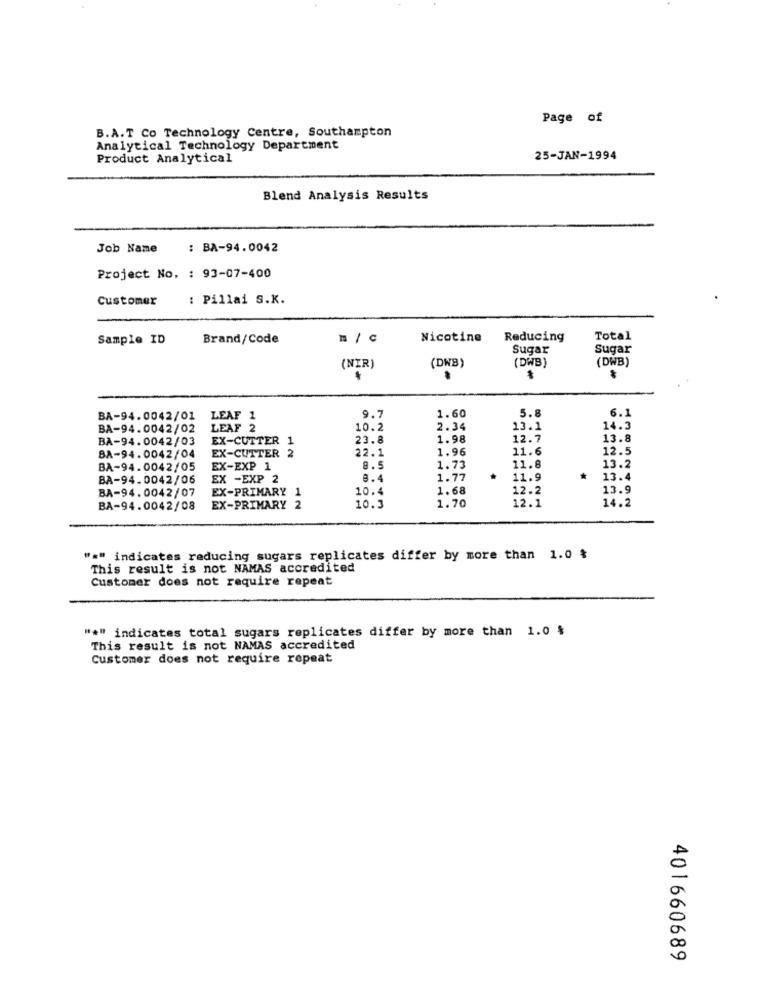
Page of
B.A.T Co Technology Centre, Southampton
Analytical Technology Department
Product Analytical
25-JAN-1994
Blend Analysis Results
Job Name
: BA-94.0042
Project No. : 93-07-400
Customer
: Pillai S.K.
Sample ID
Brand/Code
m / C
Nicotine
Reducing
Total
Sugar
Sugar
(DWB)
(DWB)
(NIR)
(DWB)
-
6.1
BA-94.0042/01
LEAF 1
9.7
1.60
5.8
BA-94.0042/02
LEAF 2
10.2
2.34
13.1
14.3
BA-94.0042/03
EX-CUTTER 1
23.8
1.98
12.7
13.8
BA-94.0042/04
2
22.1
1.96
11.6
12.5
EX-CUTTER
BA-94.0042/05
EX-EXP 1
8.5
1.73
11.8
13.2
BA-94.0042/06
EX -EXP 2
8.4
1.77
11.9
13.4
BA-94.0042/07
EX-PRIMARY 1
10.4
1.68
12.2
13.9
14.2
BA-94.0042/08
EX-PRIMARY 2
10.3
1.70
12.1
"#" indicates reducing sugars replicates differ by more than 1.0 %
This result is not NAMAS accredited
Customer does not require repeat
"#" indicates total sugars replicates differ by more than 1.0 $
This result is not NAMAS accredited
Customer does not require repeat
401660689